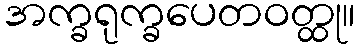
အက္ခရုက္ခပေတဝတ္ထု။